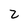
Character: Z